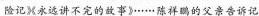
险记》《永远讲不完的故事》……，陈鹏祥的父亲告诉记